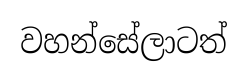
වහන්සේලාටත්